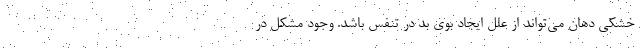
خشکی دهان می‌‌تواند از علل ایجاد بوی بد در تنفس باشد. وجود مشکل در